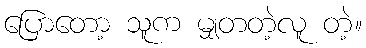
ပြောတော့ သူက မျှတတဲ့လူ တဲ့။